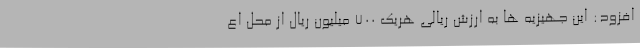
افزود: این جهیزیه ها به ارزش ریالی هریک 700 میلیون ریال از محل اع